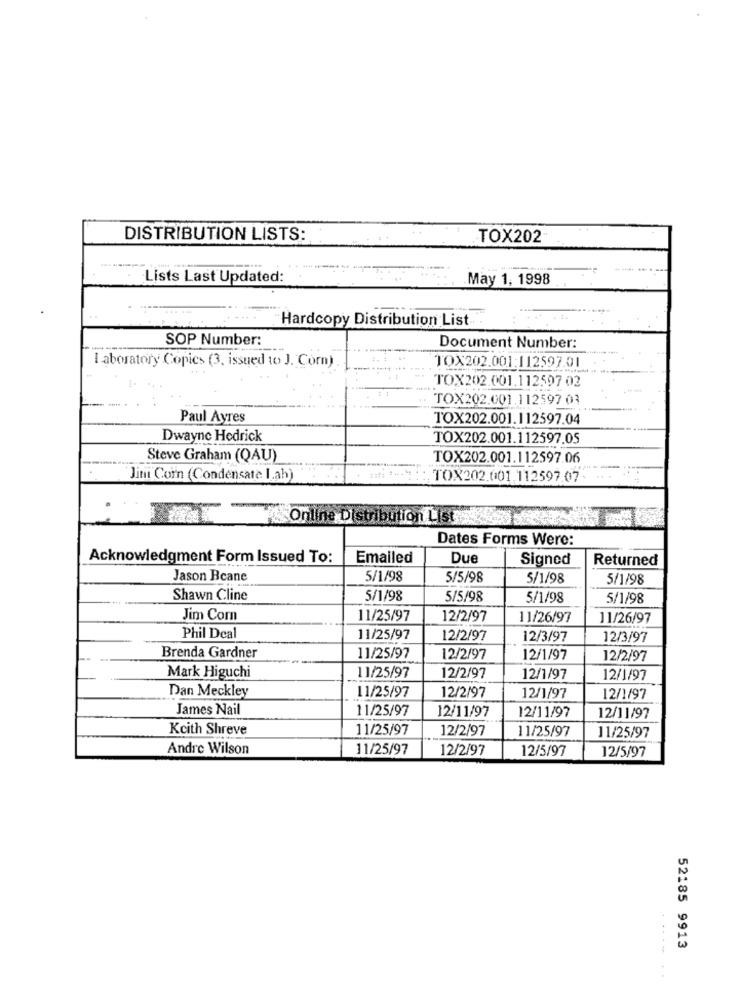
DISTRIBUTION LISTS:
TOX202
Lists Last Updated:
May 1, 1998
Hardcopy Distribution List ..
SOP Number:
Document Number:
I aboratory Copics (3, issued to J. Corn)
TOX202.001:112597.01
TOX202.001.112597 02
TOX202.001.112597 03
Paul Ayres
TOX202.001.112597.04
Dwayne Hedrick
TOX202.001.112597.05
Steve Graham (QAU)
TOX202.001.112597.06
Jim Corn (Condensate I.ah)
TOX202.001.112597.07-
Online Distribution List
Dates Forms Were:
Acknowledgment Form Issued To:
Emailed
Due
Signed
Returned
Jason Bcane
5/1/98
5/5/98
5/1/98
5/1/98
Shawn Cline
5/1/98
5/5/98
5/1/98
5/1/98
Jim Com
11/25/97
12/2/97
11/26/97
11/26/97
Phil Deal
11/25/97
12/2/97
12/3/97
12/3/97
Brenda Gardner
11/25/97
12/2/97
12/1/97
12/2/97
Mark Higuchi
11/25/97
12/2/97
12/1/97
12/1/97
Dan Meckley
12/2/97
11/25/97
12/1/97
12/1/97
James Nail
11/25/97
12/11/97
12/11/97
12/11/97
Keith Shreve
11/25/97
12/2/97
11/25/97
11/25/97
Andre Wilson
11/25/97
12/2/97
12/5/97
12/5/97
52185 9913
.......